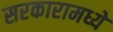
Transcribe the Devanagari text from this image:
सरकारामध्ये